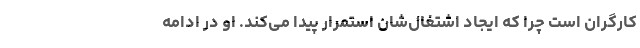
کارگران است چرا که ایجاد اشتغال‌شان استمرار پیدا می‌کند. او در ادامه